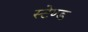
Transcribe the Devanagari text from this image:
स्‍टेण्‍ड